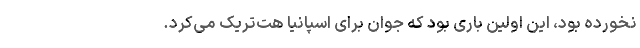
نخورده بود، این اولین باری بود که جوان برای اسپانیا هت‌تریک می‌کرد.